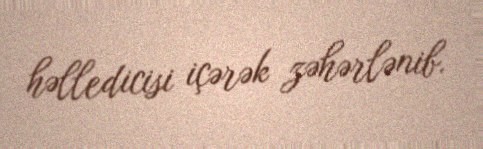
həlledicisi içərək zəhərlənib.